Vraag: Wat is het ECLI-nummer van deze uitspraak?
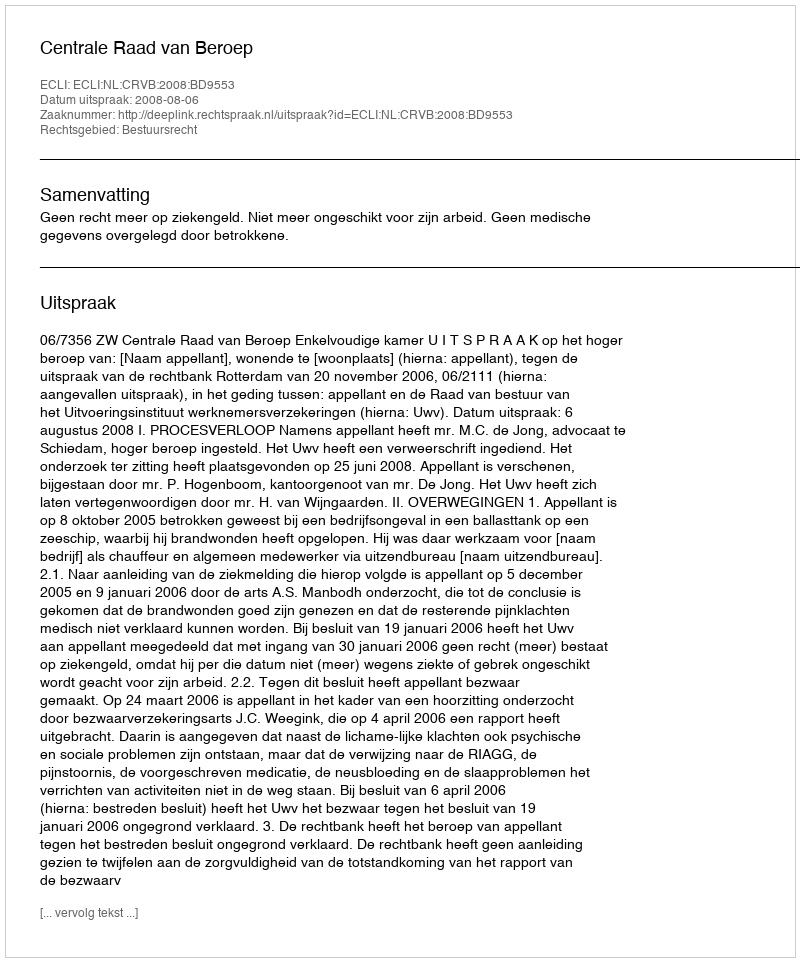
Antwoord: ECLI:NL:CRVB:2008:BD9553